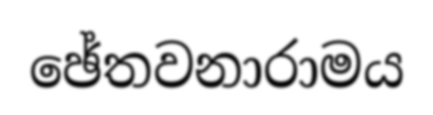
ඡේතවනාරාමය